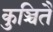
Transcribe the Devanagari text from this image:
कुञ्चितै